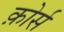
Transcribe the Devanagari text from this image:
क़ोर्स